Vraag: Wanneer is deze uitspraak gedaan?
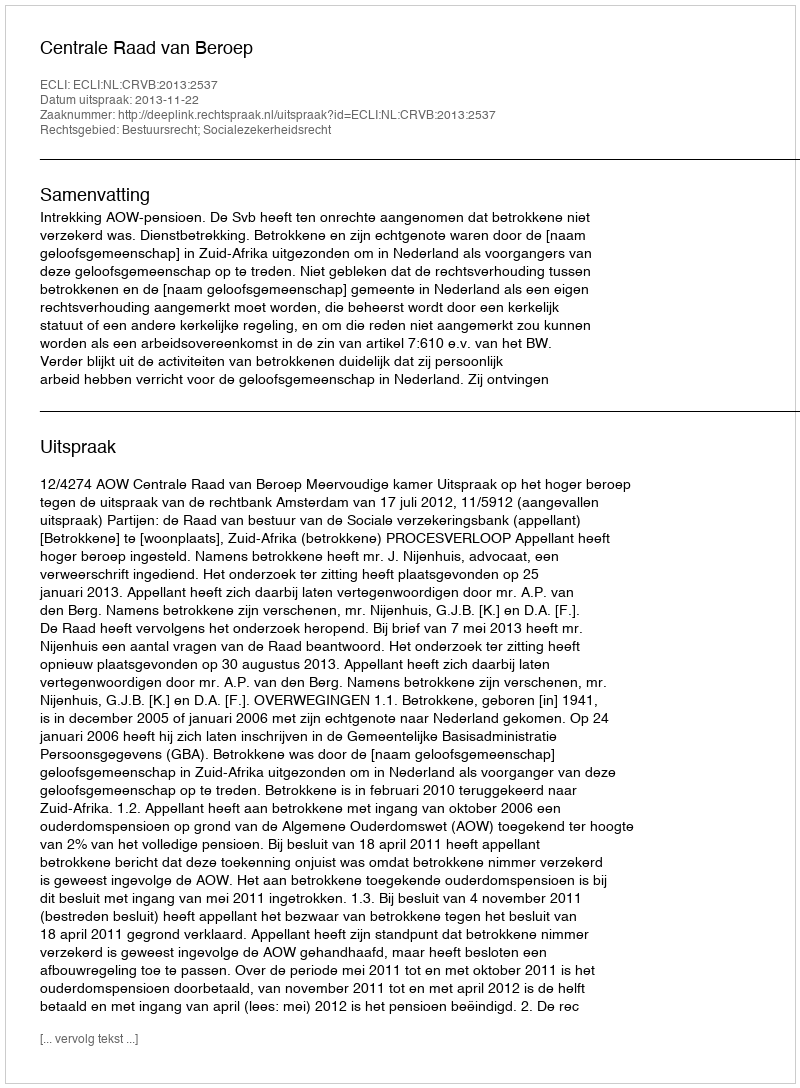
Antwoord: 2013-11-22